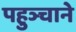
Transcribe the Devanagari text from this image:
पहुञ्चाने